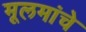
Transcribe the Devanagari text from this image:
मूलमांचे